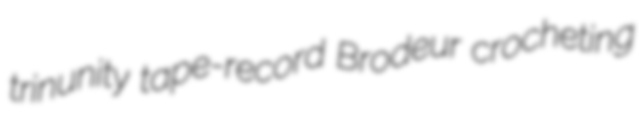
trinunity tape-record Brodeur crocheting